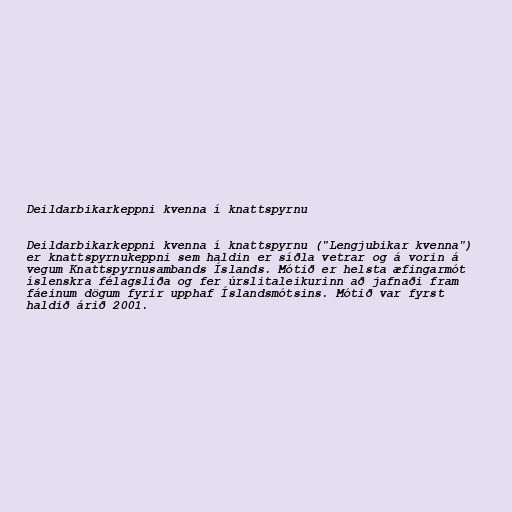
Deildarbikarkeppni kvenna í knattspyrnu

Deildarbikarkeppni kvenna í knattspyrnu ("Lengjubikar kvenna")
er knattspyrnukeppni sem haldin er síðla vetrar og á vorin á
vegum Knattspyrnusambands Íslands. Mótið er helsta æfingarmót
íslenskra félagsliða og fer úrslitaleikurinn að jafnaði fram
fáeinum dögum fyrir upphaf Íslandsmótsins. Mótið var fyrst
haldið árið 2001.